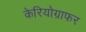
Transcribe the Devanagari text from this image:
केरियोग्राफर